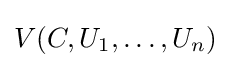
V(C,U_{1},\ldots ,U_{n})